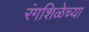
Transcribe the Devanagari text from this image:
रंगशिळेच्या